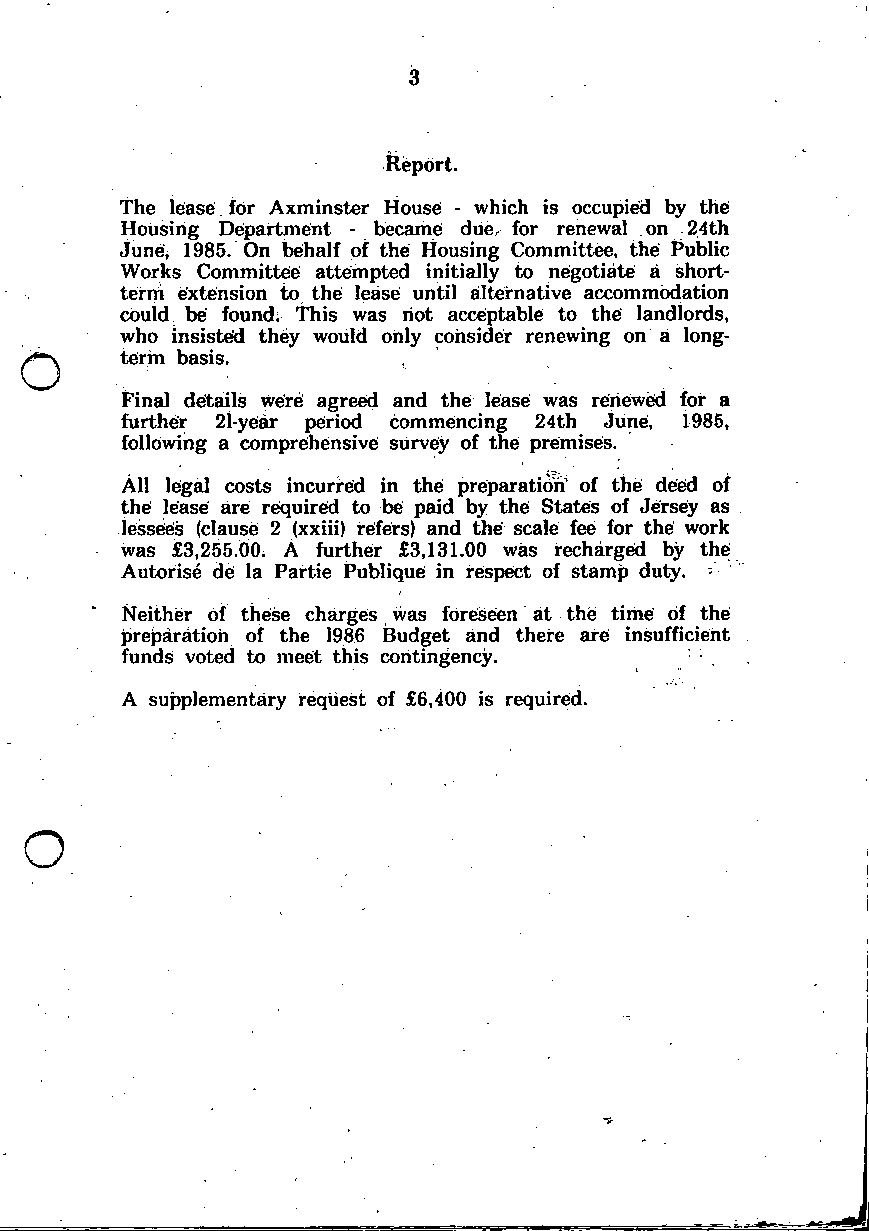
Rieport.
 The lease for Axminster Housei - which is occupied by th^
 Housing Department - became due,^ for renewal on 24th
 June* 1985. On behalf of the Housing Committee, the Public
 Works Committee! atternpted initially to negotiate a short-
 term extension to the lease until alternative accommodation
 could be found. This was riot acceptable to the landlords,
 who insisteid they would only consider renewing on a long-
 terrn basis.      ^
 Final details were' agreed and the lease was reiieweid for a
 further 21-year period commencing 24th June, 1985,
 following a comprehensive survey of the premises.
 All legal costs incurred in the preparation' of the deed of
 the lease are required to be paid by the States of Jersey as
 lessees (clause 2 (xxiii) refers) and the scale fee for the work
 was £3,255.00. A further £3,131.00 was i-echarged by the
 Autorise de la Partie Publique in respect of stamp duty.
 Neither of these charges was foreseen at the time of the
 jDreparatioh of the 1986 Budget and there are insufficient
 funds voted to meet this contingency.
 A supplementary request of £6,400 is required.
 o